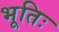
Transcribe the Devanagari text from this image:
भूतिः